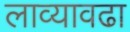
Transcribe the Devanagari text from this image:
लाव्यावढा